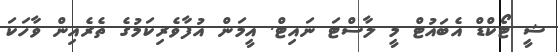
ޝީ ޓޯކްޑް އެބައުޓް މީ ލާސްޓަ ނައިޓް. އީމަން އުފާވެރިކަމުގެ ތެރެއިން ވާހަކަ